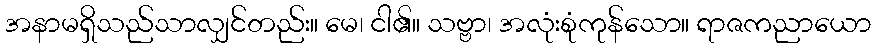
အနာမရှိသည်သာလျှင်တည်း။ မေ၊ ငါ၏။ သဗ္ဗာ၊ အလုံးစုံကုန်သော။ ရာဇကညာယော